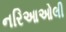
નરિઆઓલી